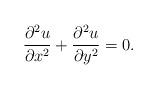
LaTeX: \begin{align*}\frac{\partial^2 u}{\partial x^2} + \frac{\partial^2 u}{\partial y^2} = 0.\end{align*}